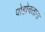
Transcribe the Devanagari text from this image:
पोहोचताना